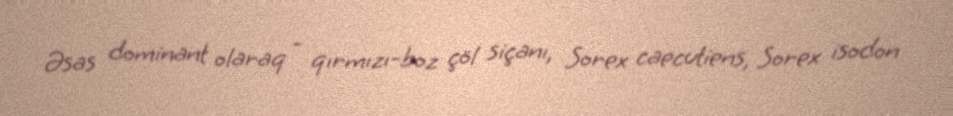
Əsas dominant olaraq - qırmızı-boz çöl siçanı, Sorex caecutiens, Sorex isodon